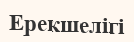
Ерекшелігі